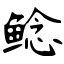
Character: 鲶